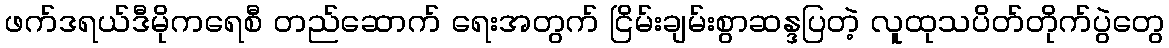
ဖက်ဒရယ်ဒီမိုကရေစီ တည်ဆောက် ရေးအတွက် ငြိမ်းချမ်းစွာဆန္ဒပြတဲ့ လူထုသပိတ်တိုက်ပွဲတွေ